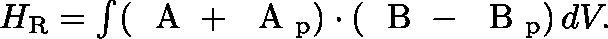
\begin{array} { r } { H _ { \mathrm { R } } = \int ( \mathrm { ~ \boldmath ~ A ~ } + \mathrm { ~ \boldmath ~ A ~ } _ { \mathrm { p } } ) \cdot ( \mathrm { ~ \boldmath ~ B ~ } - \mathrm { ~ \boldmath ~ B ~ } _ { \mathrm { p } } ) \, d V . } \end{array}